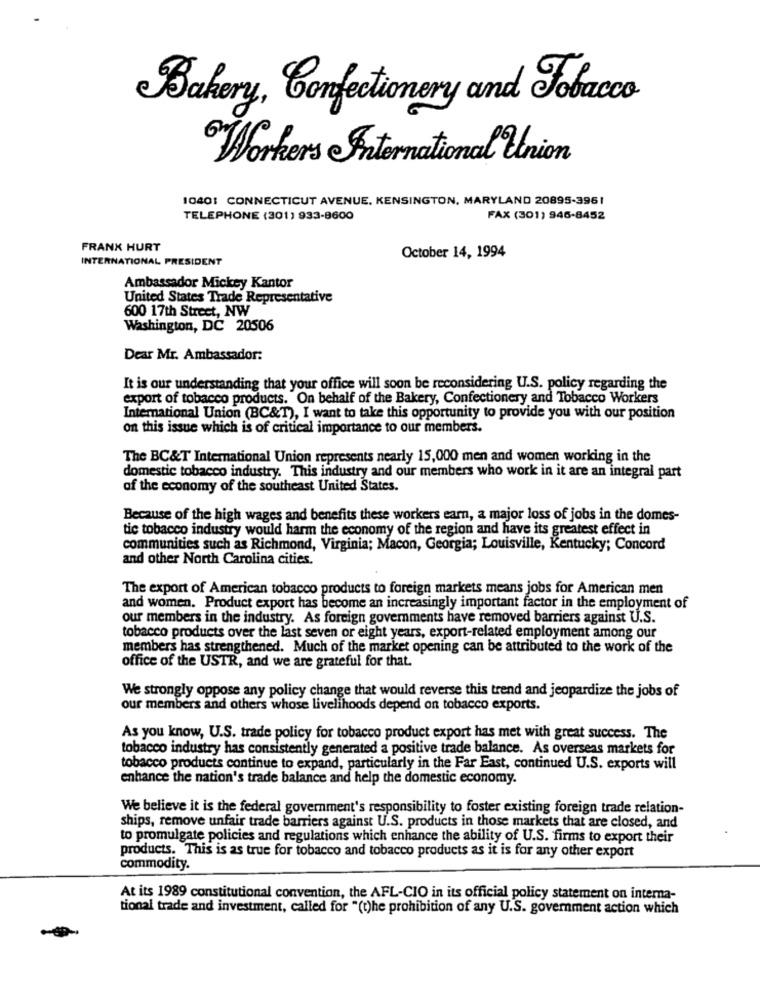
Bakery, Confectionery and Tobacco
Workers International Union
10401 CONNECTICUT AVENUE. KENSINGTON, MARYLAND 20895-3961
TELEPHONE (301) 933-8600
FAX (301) 946-8452
FRANK HURT
INTERNATIONAL PRESIDENT
October 14, 1994
Ambassador Mickey Kantor
United States Trade Representative
600 17th Street, NW
Washington, DC 20506
Dear Mr. Ambassador:
It is our understanding that your office will soon be reconsidering U.S. policy regarding the
export of tobacco products. On behalf of the Bakery, Confectionery and Tobacco Workers
International Union (BC&T), I want to take this opportunity to provide you with our position
on this issue which is of critical importance to our members.
The BC&T International Union represents nearly 15,000 men and women working in the
domestic tobacco industry. This industry and our members who work in it are an integral part
of the economy of the southeast United States.
Because of the high wages and benefits these workers earn, a major loss of jobs in the domes-
tic tobacco industry would harm the economy of the region and have its greatest effect in
communities such as Richmond, Virginia; Macon, Georgia; Louisville, Kentucky; Concord
and other North Carolina cities.
The export of American tobacco products to foreign markets means jobs for American men
and women. Product export has become an increasingly important factor in the employment of
our members in the industry. As foreign governments have removed barriers against U.S.
tobacco products over the last seven or eight years, export-related employment among our
members has strengthened. Much of the market opening can be attributed to the work of the
office of the USTR, and we are grateful for that.
We strongly oppose any policy change that would reverse this trend and jeopardize the jobs of
our members and others whose livelihoods depend on tobacco exports.
As you know, U.S. trade policy for tobacco product export has met with great success. The
tobacco industry has consistently generated a positive trade balance. As overseas markets for
tobacco products continue to expand, particularly in the Far East, continued U.S. exports will
enhance the nation's trade balance and help the domestic economy.
We believe it is the federal government's responsibility to foster existing foreign trade relation-
ships, remove unfair trade barriers against U.S. products in those markets that are closed, and
to promulgate policies and regulations which enhance the ability of U.S. firms to export their
products. This is as true for tobacco and tobacco products as it is for any other export
commodity.
At its 1989 constitutional convention, the AFL-CIO in its official policy statement on interna-
tional trade and investment, called for "(t)he prohibition of any U.S. government action which